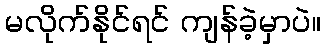
မလိုက်နိုင်ရင် ကျန်ခဲ့မှာပဲ။